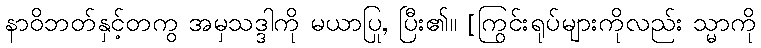
နာဝိဘတ်နှင့်တကွ အမှသဒ္ဒါကို မယာပြု, ပြီး၏။ [ကြွင်းရုပ်များကိုလည်း သ္မာကို